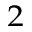
^ 2